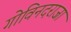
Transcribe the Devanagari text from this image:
गोविनदराजा